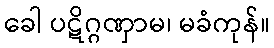
ခေါ ပဋိဂ္ဂဏှာမ၊ မခံကုန်။